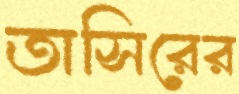
তাসিরের